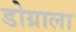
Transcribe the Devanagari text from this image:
डोग्राला